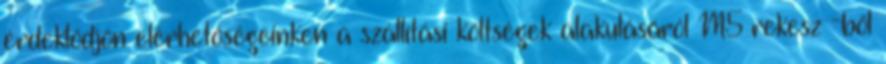
érdeklődjön elérhetőségeinken a szállítási költségek alakulásáról M5 rekesz -ből